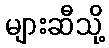
များဆီသို့